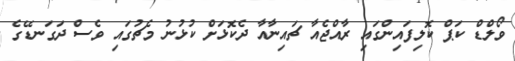
ވޯލްޑް ކަޕް ކޮލިފައިންގައި ރާއްޖެއާ ޗައިނާއާ ދެކޮޅަށް ކުޅުނު މެޗުގައި ވެސް ދަގަނޑޭގެ